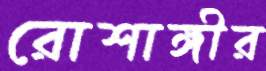
রোশাঙ্গীর